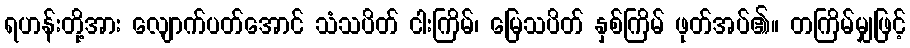
ရဟန်းတို့အား လျောက်ပတ်အောင် သံသပိတ် ငါးကြိမ်၊ မြေသပိတ် နှစ်ကြိမ် ဖုတ်အပ်၏။ တကြိမ်မျှဖြင့်